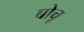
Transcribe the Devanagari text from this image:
बोचू